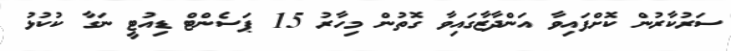
ސަރުކާރުން ކޮށްފައިވާ އަންދާޒާގައިވާ ގޮތުން މިހާރު 15 ޕަސެންޓް ޑިއުޓީ ނަގާ ކުކުޅު